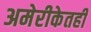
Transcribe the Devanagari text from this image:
अमेरीकेतही